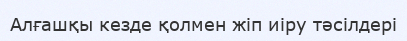
Алғашқы кезде қолмен жіп иіру тәсілдері